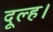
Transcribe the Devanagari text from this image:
दूल्ह।